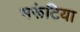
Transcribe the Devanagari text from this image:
भरूंटिया